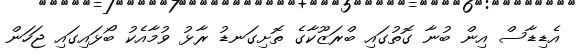
އެޑިޑާސް އިން ބުނާ ގޮތުގައި ބްރަޒޫކާގެ ތޮށިގަނޑު ރާޅު ވުމާއެކު ބޯޅައިގައި ޖަހަން